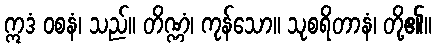
ဣဒံ ဝစနံ၊ သည်။ တိဏ္ဏံ၊ ကုန်သော။ သုစရိတာနံ၊ တို့၏။